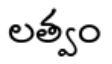
లత్వం